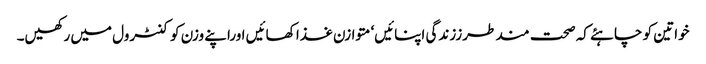
خواتین کو چاہئے کہ صحت مند طرززندگی اپنائیں‘ متوازن غذا کھائیں اوراپنے وزن کو کنٹرول میں رکھیں۔